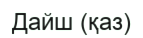
Дайш (қаз)